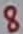
Text: 8